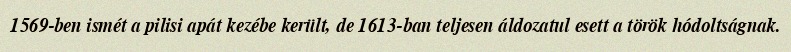
1569-ben ismét a pilisi apát kezébe került, de 1613-ban teljesen áldozatul esett a török hódoltságnak.